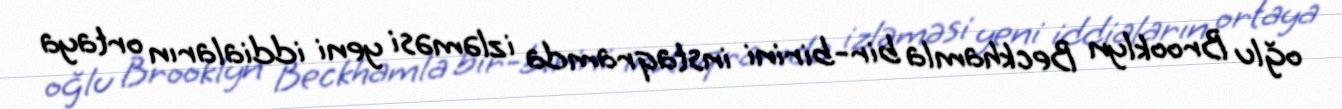
oğlu Brooklyn Beckhamla bir-birini instaqramda izləməsi yeni iddiaların ortaya